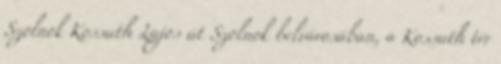
Szolnok Kossuth Lajos út Szolnok belvárosában, a Kossuth tér